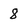
Character: 8